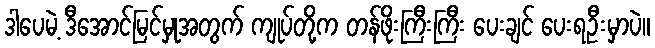
ဒါပေမဲ့ ဒီအောင်မြင်မှုအတွက် ကျုပ်တို့က တန်ဖိုးကြီးကြီး ပေးချင် ပေးရဦးမှာပဲ။